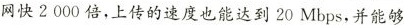
网快2000倍，上传的速度也能达到20Mbps，并能够